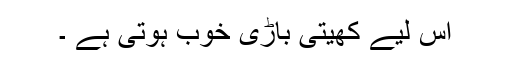
اس لیے کھیتی باڑی خوب ہوتی ہے ۔